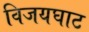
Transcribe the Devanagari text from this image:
विजयघाट